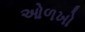
ઓળખો